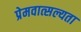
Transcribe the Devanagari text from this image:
प्रेमवात्सल्यता